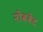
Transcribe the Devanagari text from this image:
नोबबेद